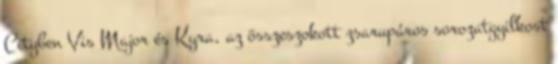
Cityben Vis Major és Kyra, az összeszokott zsarupáros sorozatgyilkost